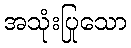
အသုံးပြုသော